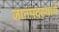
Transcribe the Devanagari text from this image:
जानपदस्यार्थे